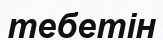
тебетін